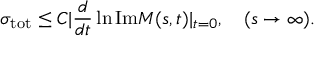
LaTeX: \sigma _ { \mathrm { t o t } } \leq C \vert \frac { d } { d t } \ln \mathrm { I m } M ( s , t ) \vert _ { t = 0 } , \quad ( s \rightarrow \infty ) .